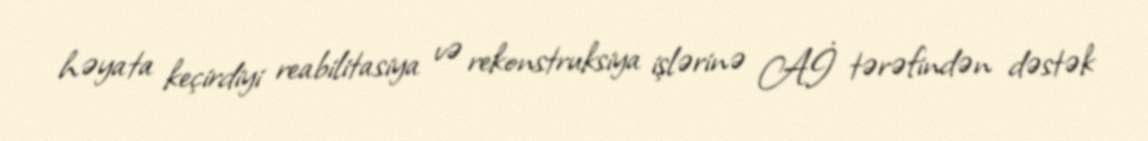
həyata keçirdiyi reabilitasiya və rekonstruksiya işlərinə Aİ tərəfindən dəstək